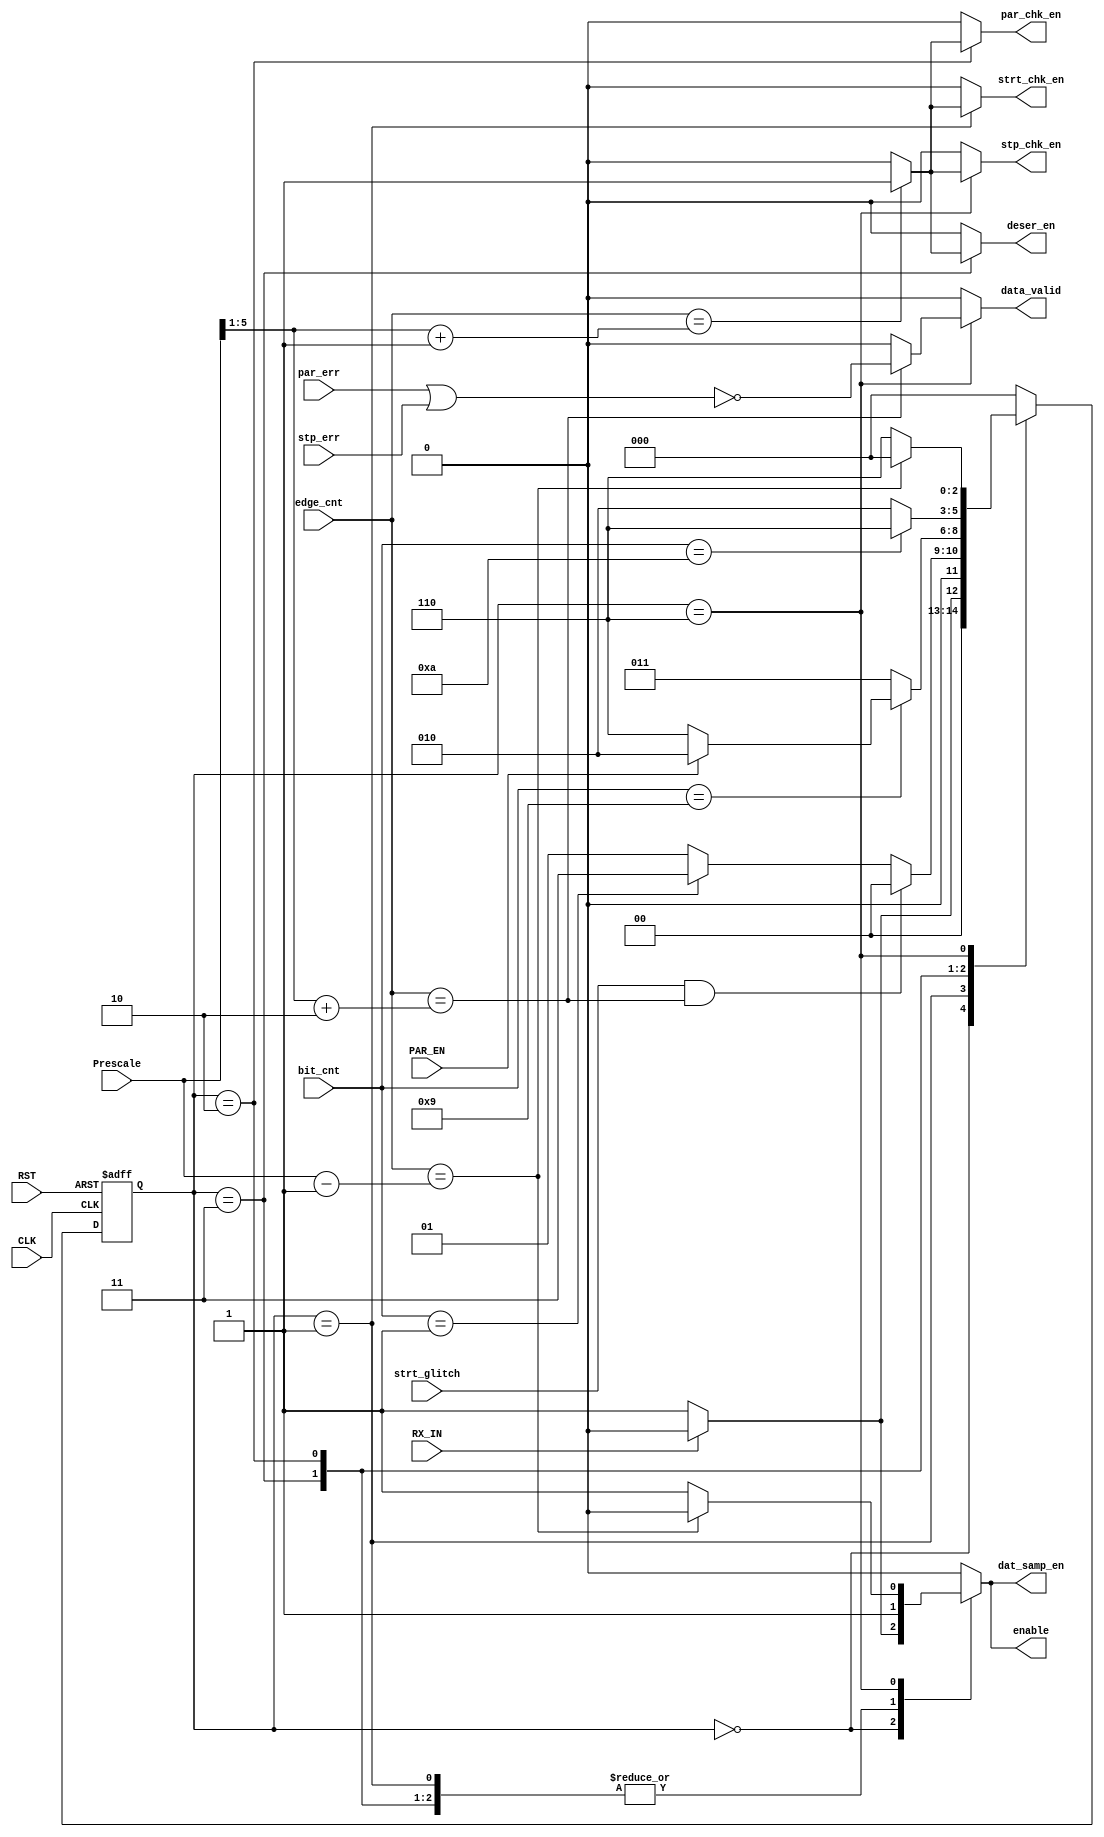
module RX_FSM #( parameter PRESCALE_WIDTH = 'd6 )
(
  input                         RX_IN, PAR_EN, 
  input [PRESCALE_WIDTH - 1:0]  edge_cnt,
  input [PRESCALE_WIDTH - 1:0]  Prescale,
  input [3:0]                   bit_cnt,
  input                         par_err, strt_glitch, stp_err,
  input                         CLK, RST,
  output  reg                   par_chk_en, strt_chk_en, stp_chk_en, 
                                enable, deser_en, dat_samp_en,
  output  reg                   data_valid                          
  );
  
  localparam  IDLE  = 3'b000,
              START = 3'b001,
              DATA  = 3'b011,
              PAR   = 3'b010,
              STOP  = 3'b110;
  
  reg [2:0]   current_state,
              next_state;
  
  wire    [PRESCALE_WIDTH - 2:0]   mid_point;
  assign mid_point = {1'b0, Prescale[PRESCALE_WIDTH - 1:1]};
  
  always @(posedge CLK or negedge RST)
    begin
      if (!RST)
        begin
          current_state <= IDLE ;
        end
      else
        begin
          current_state <= next_state ;
        end
    end
  
  always @(*)
    begin
      case(current_state)
        IDLE    : begin
                   strt_chk_en = 'b0;
                   par_chk_en = 'b0;
                   stp_chk_en = 'b0;
                   deser_en = 'b0;
                   data_valid = 'b0;
                   
                   if (!RX_IN)
                     begin
                       next_state = START;
                       enable = 'b1;
                       dat_samp_en = 'b1;
                     end
                   else
                     begin
                       next_state = IDLE;
                       enable = 'b0;
                       dat_samp_en = 'b0;
                     end
                  end
        
        START   : begin
                   par_chk_en = 'b0;
                   stp_chk_en = 'b0;
                   deser_en = 'b0;
                   data_valid = 'b0;
                   enable = 'b1;
                   dat_samp_en = 'b1;
                   if (edge_cnt == mid_point + 1'b1)
                     begin
                       strt_chk_en = 'b1;
                     end
                   else
                     begin
                       strt_chk_en = 'b0;
                     end
                   
                   if (strt_glitch && (edge_cnt == mid_point + 2'd2))
                     begin
                       next_state = IDLE;
                     end
                   else if (bit_cnt == 'd1)
                     begin
                       next_state = DATA;
                     end
                   else
                     begin
                       next_state = START;
                     end
                  end
        
        DATA    : begin
                   strt_chk_en = 'b0;
                   par_chk_en = 'b0;
                   stp_chk_en = 'b0;
                   data_valid = 'b0;
                   enable = 'b1;
                   dat_samp_en = 'b1;
                   
                   if (edge_cnt == mid_point + 1'b1)
                     begin
                       deser_en = 'b1;
                     end
                   else
                     begin
                       deser_en = 'b0;
                     end
                   
                   if (bit_cnt == 'd9)
                     begin
                       next_state = (PAR_EN) ? PAR : STOP;
                     end
                   else
                     begin
                       next_state = DATA;
                     end
                  end
        
        PAR     : begin
                   strt_chk_en = 'b0;
                   stp_chk_en = 'b0;
                   deser_en = 'b0;
                   data_valid = 'b0;
                   enable = 'b1;
                   dat_samp_en = 'b1;
                   
                   if (edge_cnt == mid_point + 1'b1)
                     begin
                       par_chk_en = 'b1;
                     end
                   else
                     begin
                       par_chk_en = 'b0;
                     end
                   
                   if (bit_cnt == 'd10)
                     begin
                       next_state = STOP;
                     end
                   else
                     begin
                       next_state = PAR;
                     end
                  end
        
        STOP    : begin
                   par_chk_en = 'b0;
                   deser_en = 'b0;
                   strt_chk_en = 'b0;
                   
                   if (edge_cnt == mid_point + 1'b1)
                     begin
                       stp_chk_en = 'b1;
                     end
                   else
                     begin
                       stp_chk_en = 'b0;
                     end
                   
                   if (edge_cnt == mid_point + 2'd2)
                     begin
                       data_valid = ~(par_err | stp_err);
                     end
                   else
                     begin
                       data_valid = 'b0;
                     end
                   
                   if (edge_cnt == Prescale - 1'b1)
                     begin
                       next_state = IDLE;
                       enable = 'b0;
                       dat_samp_en = 'b0;
                     end
                   else
                     begin
                       next_state = STOP;
                       enable = 'b1;
                       dat_samp_en = 'b1;
                    end
                  end
                
        default : begin
                   par_chk_en = 'b0;
                   strt_chk_en = 'b0;
                   stp_chk_en = 'b0;
                   enable = 'b0;
                   deser_en = 'b0;
                   dat_samp_en = 'b0;
                   data_valid = 'b0;
                   next_state = IDLE;
                  end
                
      endcase
    end
  
endmodule